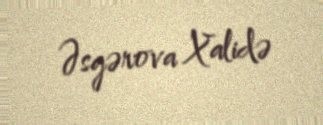
Əsgərova Xalidə